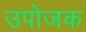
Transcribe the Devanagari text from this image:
उपोजक